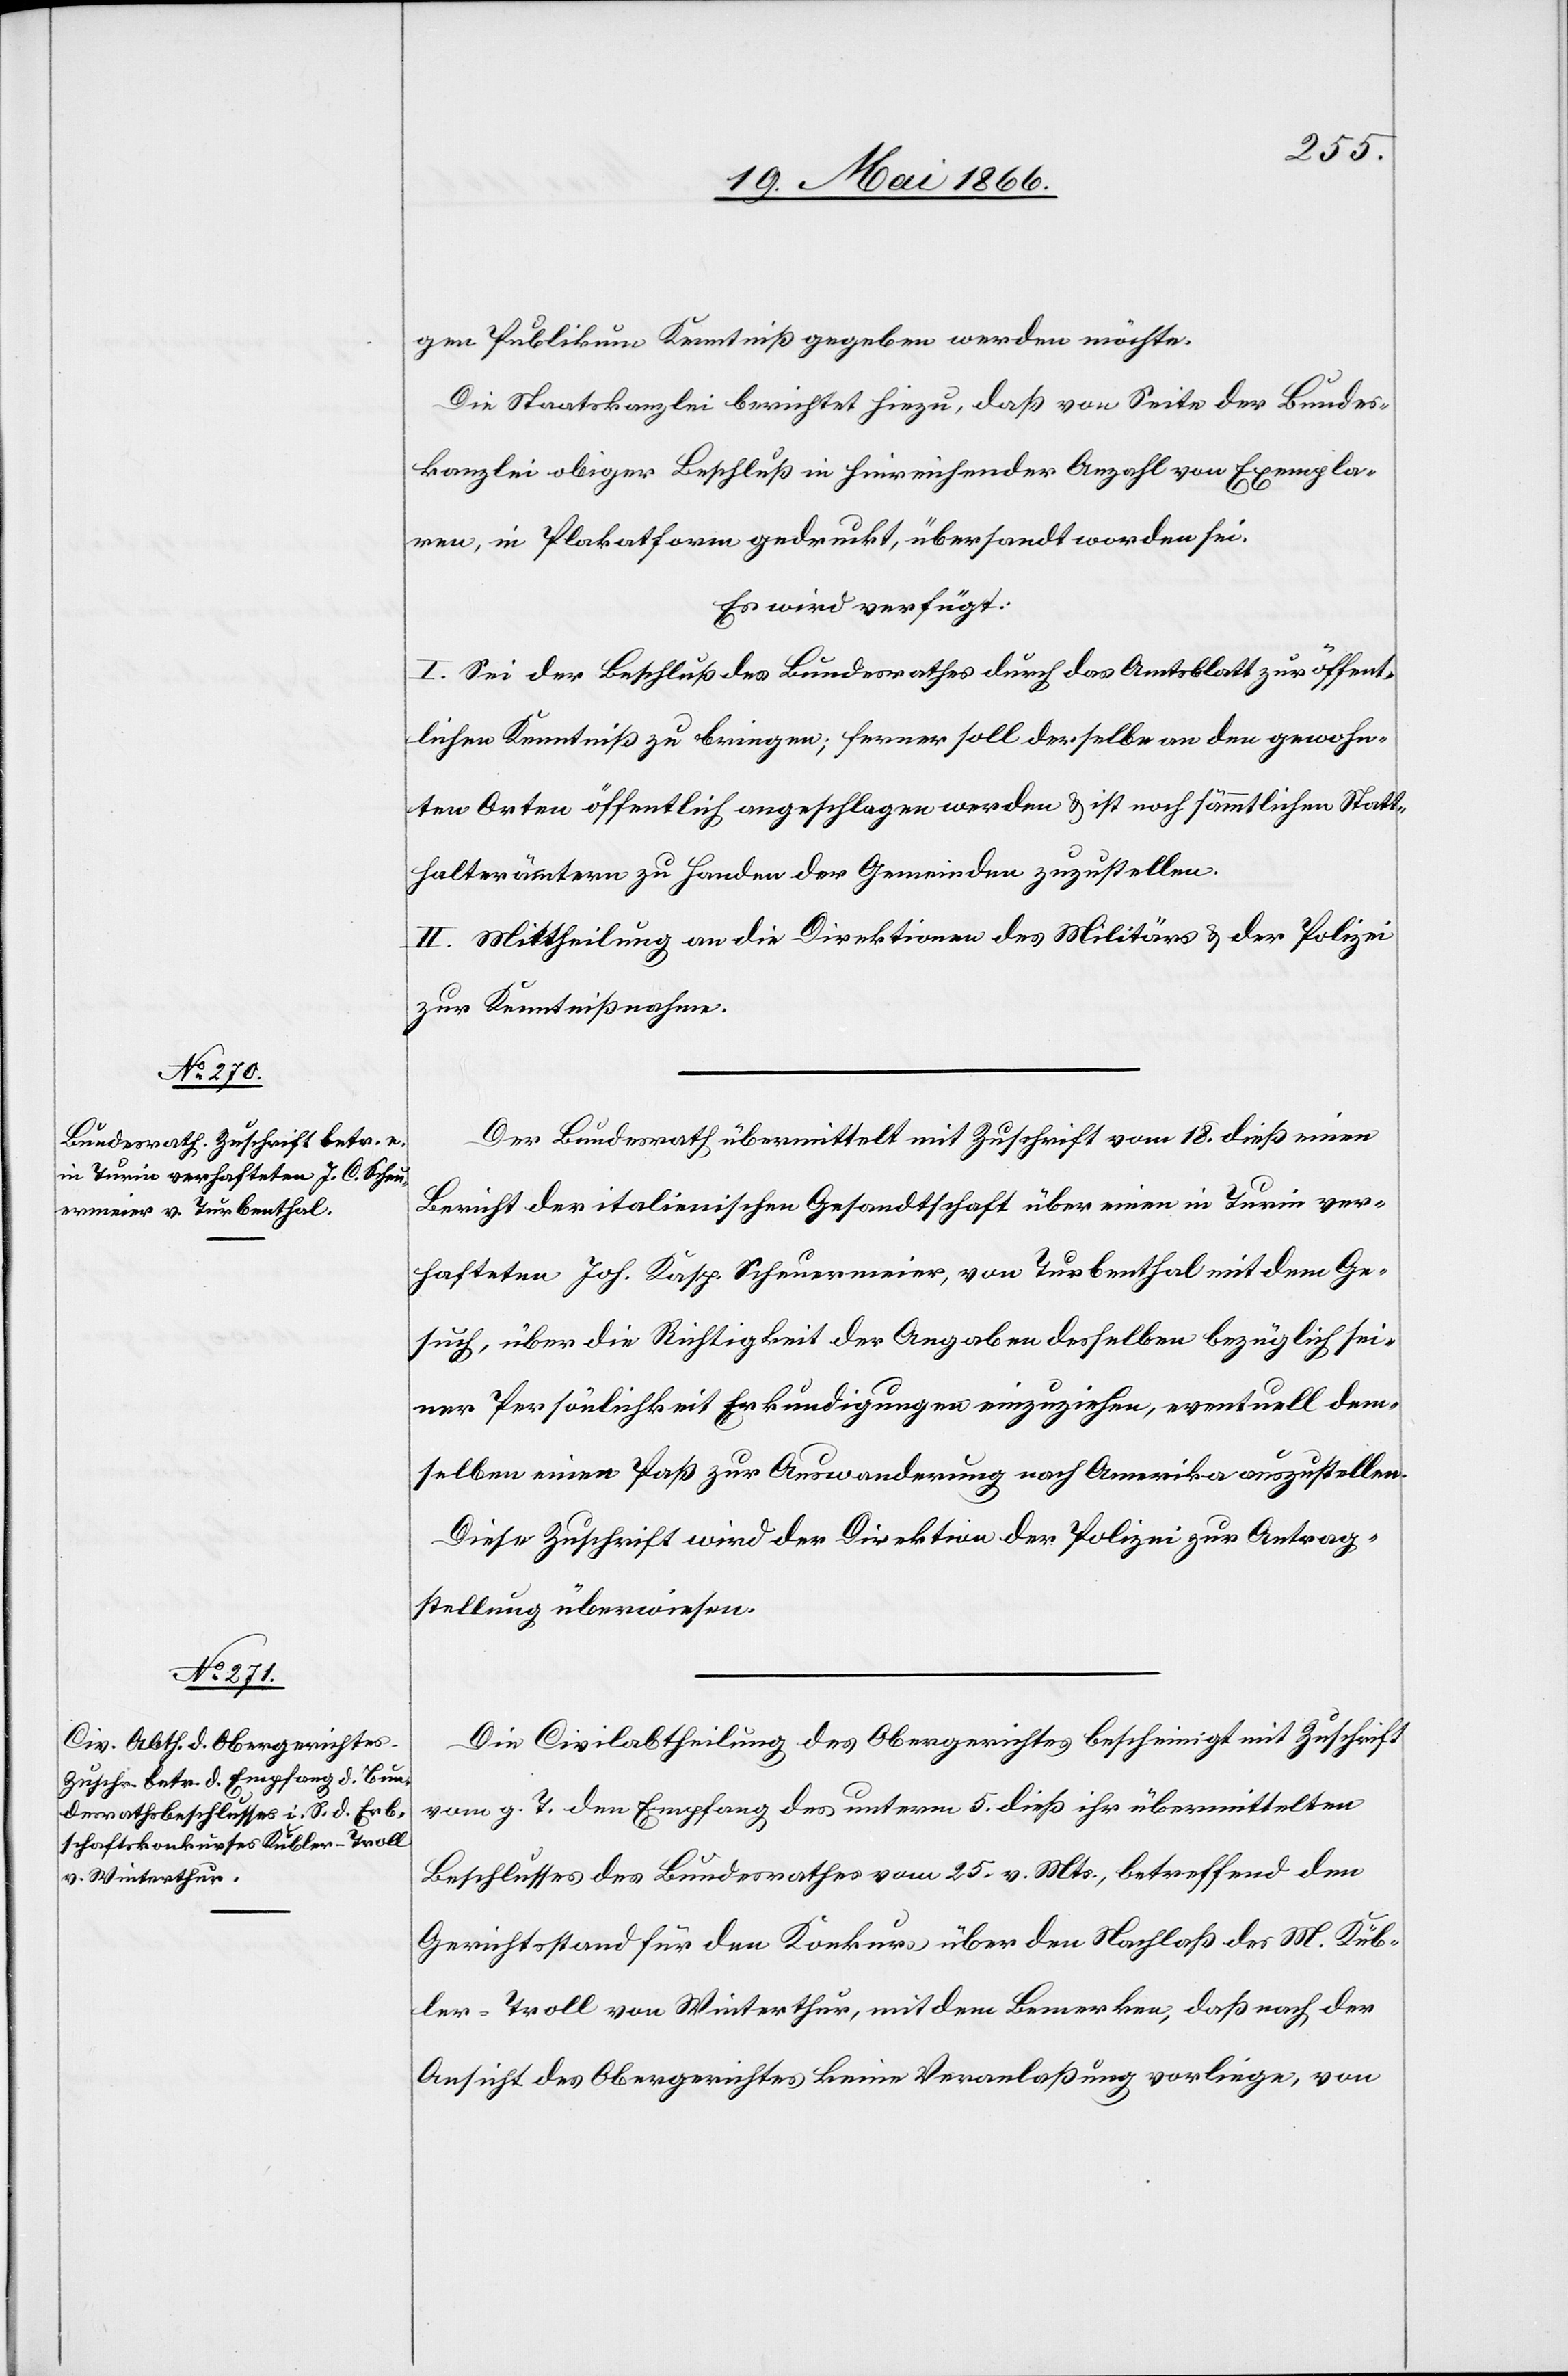
20. Mai 1866.]
gen Publikum Kenntniß gegeben werden möchte.
Die Staatskanzlei berichtet hiezu, daß von Seite der Bundes¬
kanzlei obiger Beschluß in hinreichender Anzahl von Exempla¬
ren, in Plakatform gedruckt, übersandt worden sei.
Es wird verfügt:
I. Sei der Beschluß des Bundesrathes durch das Amtsblatt zur öffent¬
lichen Kenntniß zu bringen, ferner soll derselbe an den gewohn¬
ten Orten öffentlich angeschlagen werden u. ist nach sämmtlichen Statt¬
halterämtern zu Handen der Gemeinden zuzustellen.
II. Mittheilung an die Direktionen des Militärs u. der Polizei
zur Kenntnißnahme.
Der Bundesrath übermittelt mit Zuschrift vom 18. dieß einen
Bericht der italienischen Gesandtschaft über einen in Turin ver¬
hafteten Joh. Kasp. Scheuermeier, von Turbenthal mit dem Ge¬
such, über die Richtigkeit der Angaben desselben bezüglich sei¬
ner Persönlichkeit Erkundigungen einzuziehen, eventuell dem¬
selben einen Paß zur Auswanderung nach Amerika auszustellen.
Diese Zuschrift wird der Direktion der Polizei zur Antrag¬
stellung überwiesen.
Die Civilabtheilung des Obergerichtes bescheinigt mit Zuschrift
vom g. T. den Empfang des unterm 5. dieß ihr übermittelten
Beschlusses des Bundesrathes vom 25. v. Mts., betreffend den
Gerichtsstand für den Konkurs über den Nachlaß der M. Kub¬
ler-Troll von Winterthur, mit dem Bemerken, daß nach der
Ansicht des Obergerichtes keine Veranlaßung vorliege, von